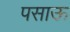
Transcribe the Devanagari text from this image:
पसाऊ